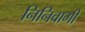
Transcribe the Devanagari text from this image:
निनिवागी